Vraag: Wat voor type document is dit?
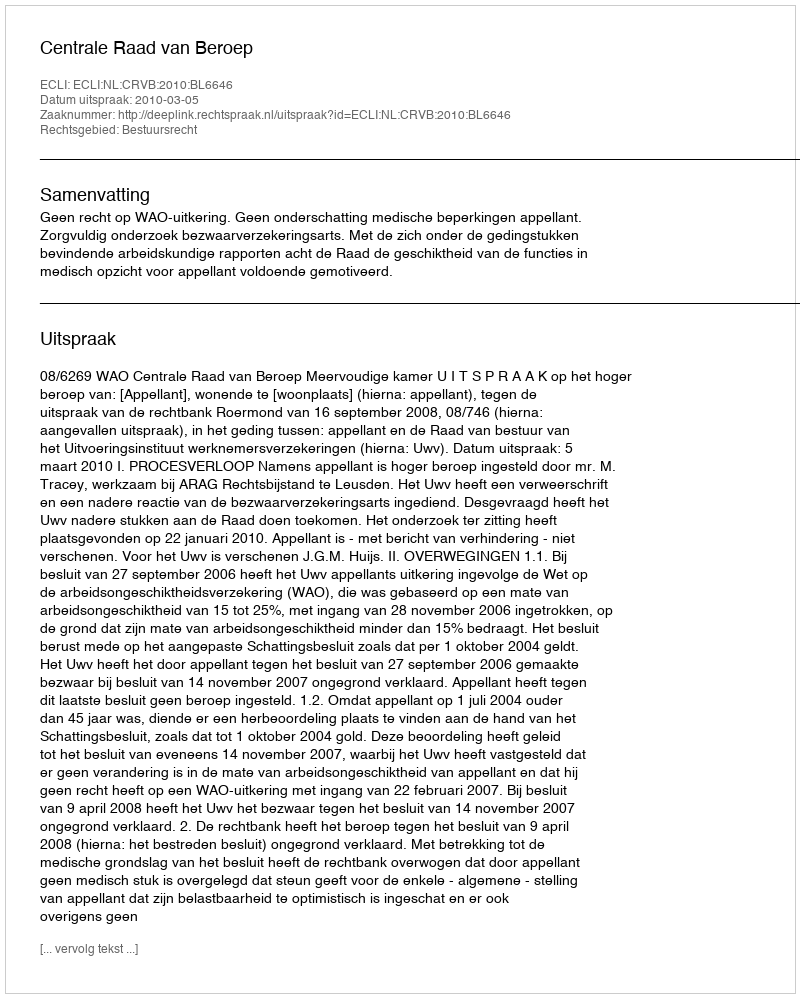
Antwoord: Uitspraak